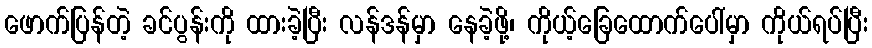
ဖောက်ပြန်တဲ့ ခင်ပွန်းကို ထားခဲ့ပြီး လန်ဒန်မှာ နေခဲ့ဖို့၊ ကိုယ့်ခြေထောက်ပေါ်မှာ ကိုယ်ရပ်ပြီး